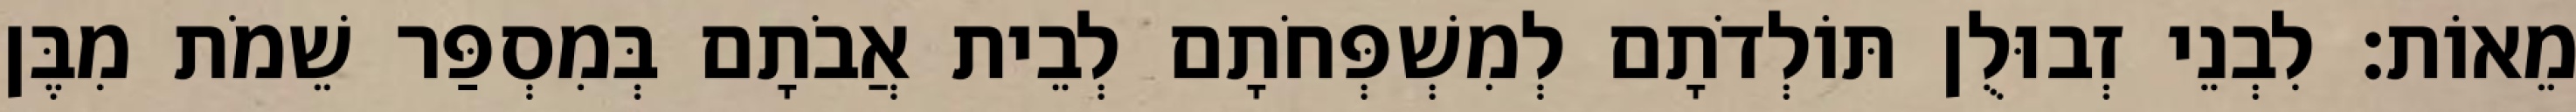
מֵאוֹת׃ לִבְנֵי זְבוּלֻן תּוֹלְדֹתָם לְמִשְׁפְּחֹתָם לְבֵית אֲבֹתָם בְּמִסְפַּר שֵׁמֹת מִבֶּן